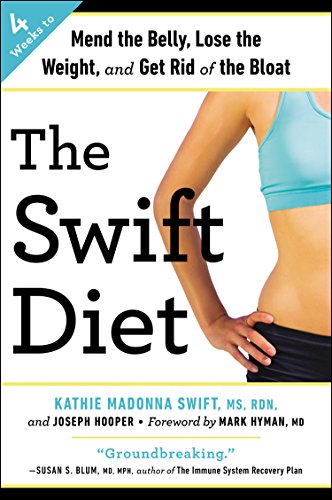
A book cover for The Swift Diet: 4 Weeks to Mend the Belly, Lose the Weight, and Get Rid of the Bloat; Kathie Madonna Swift; Health, Fitness & Dieting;